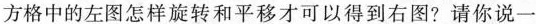
方格中的左图怎样旋转和平移才可以得到右图?请你说一